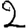
Digit: 2